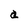
Character: a